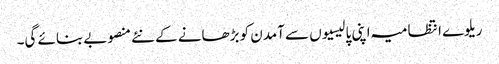
ریلوے انتظامیہ اپنی پالیسیوں سے آمدن کو بڑھانے کے نئے منصوبے بنائے گی۔